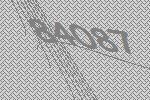
84087